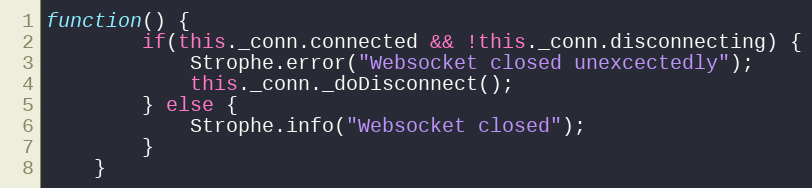
Language: JavaScript
function() {
        if(this._conn.connected && !this._conn.disconnecting) {
            Strophe.error("Websocket closed unexcectedly");
            this._conn._doDisconnect();
        } else {
            Strophe.info("Websocket closed");
        }
    }